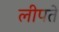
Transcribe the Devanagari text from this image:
लीपते